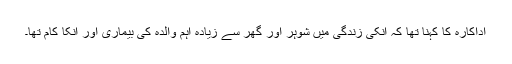
اداکارہ کا کہنا تھا کہ انکی زندگی میں شوہر اور گھر سے زیادہ اہم والدہ کی بیماری اور انکا کام تھا۔